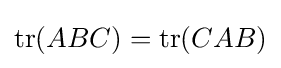
\operatorname {tr} (ABC)=\operatorname {tr} (CAB)